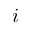
i